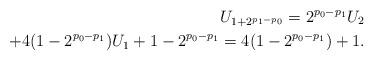
LaTeX: \begin{align*}U_{1+2^{p_1-p_0}}=2^{p_0-p_1}U_2\\+4(1-2^{p_0-p_1})U_1+1-2^{p_0-p_1}=4(1-2^{p_0-p_1})+1.\end{align*}